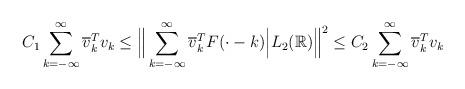
LaTeX: \begin{align*}C_{1} \sum_{k = - \infty}^{\infty} \overline{v}^{T}_{k} v_{k} \leq \Big \Vert \sum_{k = - \infty}^{\infty} \overline{v}^{T}_{k} F (\cdot - k) \Big \vert L_{2}(\mathbb{R}) \Big \Vert^{2} \leq C_{2} \sum_{k = - \infty}^{\infty} \overline{v}^{T}_{k} v_{k}\end{align*}